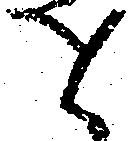
せ